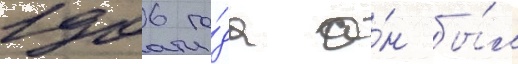
1906 го́да о́н бы́л